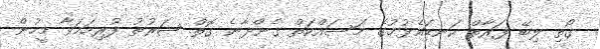
ގޯތި ލިބޭ ފަރާތް ކަނޑައެޅުމުގެ މަސައްކަތް ގެންދާނެ ގޮތް ޝަރުޠު ފުރިހަމަވާ މީހުން